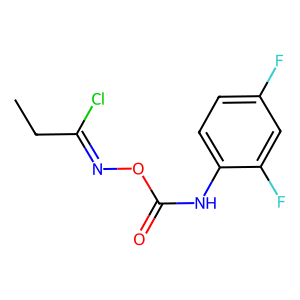
SMILES: CCC(Cl)=NOC(=O)Nc1ccc(F)cc1F
Inhibits HIV replication: No